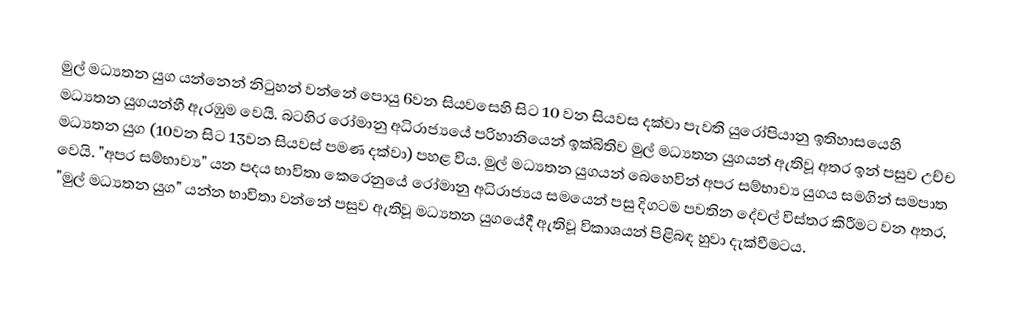
මුල් මධ්‍යතන යුග යන්නෙන් නිටුහන් වන්නේ  පොයු 6වන සියවසෙහි සිට 10 වන සියවස දක්වා පැවති යුරෝපියානු ඉතිහාසයෙහි මධ්‍යතන යුගයන්හී ඇරඹුම වෙයි. බටහිර රෝමානු අධිරාජ්‍යයේ පරිහානියෙන් ඉක්බිතිව මුල් මධ්‍යතන යුගයන් ඇතිවූ අතර ඉන් පසුව   උච්ච  මධ්‍යතන යුග (10වන සිට 13වන සියවස් පමණ දක්වා) පහළ විය. මුල් මධ්‍යතන යුගයන් බෙහෙවින්  අපර සම්භාව්‍ය යුගය සමගින් සමපාත වෙයි.  "අපර සම්භාව්‍ය" යන පදය භාවිතා කෙරෙනුයේ  රෝමානු අධිරාජ්‍යය සමයෙන් පසු දිගටම පවතින දේවල් විස්තර කිරීමට වන අතර, "මුල් මධ්‍යතන යුග" යන්න භාවිතා වන්නේ පසුව ඇතිවූ මධ්‍යතන යුගයේදී  ඇතිවූ විකාශයන් පිළිබඳ හුවා දැක්වීමටය.